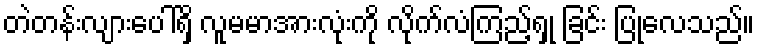
တဲတန်းလျားပေါ်ရှိ လူမမာအားလုံးကို လိုက်လံကြည့်ရှု ခြင်း ပြုလေသည်။